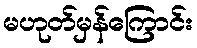
မဟုတ်မှန်ကြောင်း